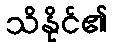
သိနိုင်၏